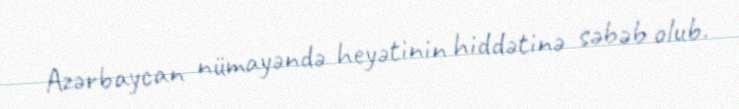
Azərbaycan nümayəndə heyətinin hiddətinə səbəb olub.